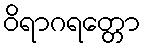
ဝိရာဂရတ္တော